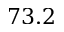
7 3 . 2